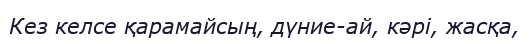
Кез келсе қарамайсың, дүние-ай, кәрі, жасқа,